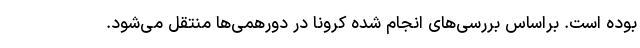
بوده است. براساس بررسی‌های انجام شده کرونا در دورهمی‌ها منتقل می‌شود.